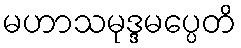
မဟာသမုဒ္ဒမပ္ပေတိ